Scientific memoirs by medical officers of the Army of India - Part X,
Year: 1897
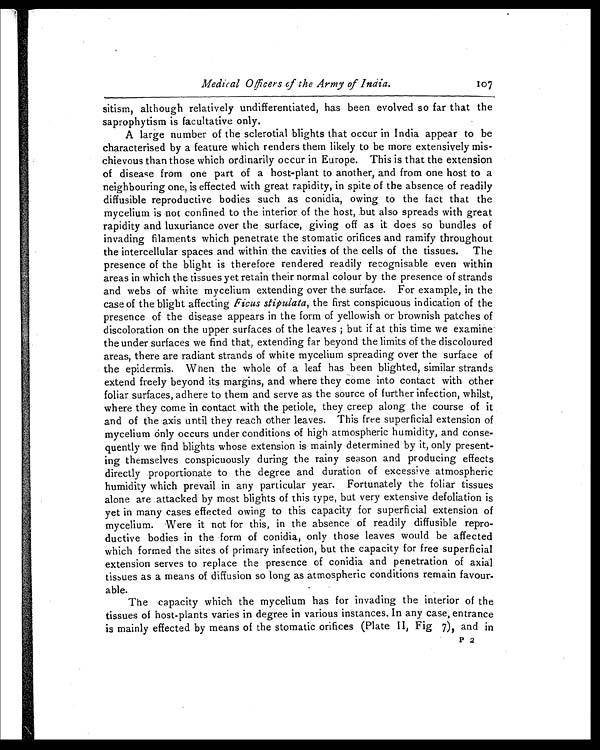
Medical Officers of the Armyof India.
107
sitism, although relatively undifferentiated, has been evolved so far that the
saprophytism is facultative only.
A large number of the sclerotial blights that occur in India appear to be
characterised by a feature which renders them likely to be more extensively mis
-
chievous than those which ordinarily occur in Europe. This is that the extension
of disease from one part of a host-plant to another, and from one host to a
neighbouring one, is effected with great rapidity, in spite of the absence of readily
diffusible reproductive bodies such as conidia, owing to the fact that the
mycelium is not confined to the interior of the host, but also spreads with great
rapidity and luxuriance over the surface, giving off as it does so bundles of
invading filaments which penetrate the stomatic orifices and ramify throughout
the intercellular spaces and within the cavities of the cells of the tissues. The
presence of the blight is therefore rendered readily recognisable even within
areas in which the tissues yet retain their normal colour by the presence of strands
and webs of white mycelium extending over the surface. For example, in the
case of the blight affecting Ficus stipulata, the first conspicuous indication of the
presence of the disease appears in the form of yellowish or brownish patches of
discoloration on the upper surfaces of the leaves but if at this time we examine
the under surfaces we find that, extending far beyond the limits of the discoloured
areas, there are radiant strands of white mycelium spreading over the surface of
the epidermis. When the whole of a leaf has been blighted, similar strands
extend freely beyond its margins, and where they come into contact with other
foliar surfaces, adhere to them and serve as the source of further infection, whilst,
where they come in contact with the petiole, they creep along the course of it
and of the axis until they reach other leaves. This free superficial extension of
mycelium only occurs under conditions of high atmospheric humidity, and conse
-
quently we find blights whose extension is mainly determined by it, only present
-
ing themselves conspicuously during the rainy season and producing effects
directly proportionate to the degree and duration of excessive atmospheric
humidity which prevail in any particular year. Fortunately the foliage tissues
alone are attacked by most blights of this type, but very extensive defoliation is
yet in many cases effected owing to this capacity for superficial extension of
mycelium. Were it not for this, in the absence of readily diffusible repro
-
ductive bodies in the form of conidia, only those leaves would be affected
which formed the sites of primary infection, but the capacity for free superficial
extension serves to replace the presence of conidia and penetration of axial
tissues as a means of diffusion so long as atmospheric conditions remain favour
-
able.
The capacity which the mycelium has for invading the interior of the
tissues of host-plants varies in degree in various instances. In any case, entrance
is mainly effected by means of the stomatic orifices (Plate II, Fig 7), and in
P 2